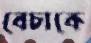
বেচাকে